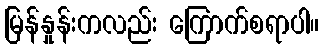
မြန်နှုန်းကလည်း ကြောက်စရာပါ။